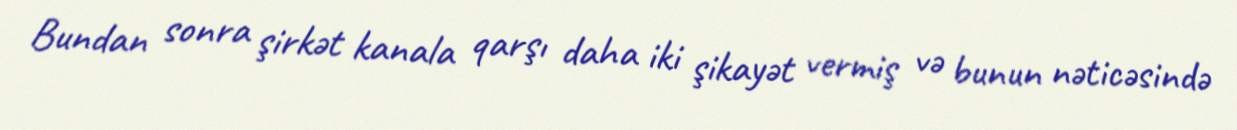
Bundan sonra şirkət kanala qarşı daha iki şikayət vermiş və bunun nəticəsində